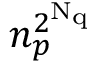
n _ { p } ^ { 2 ^ { { \mathrm N _ { \mathrm q } } } }